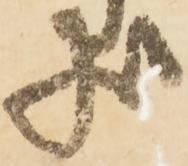
状